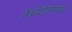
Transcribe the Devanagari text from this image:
नेओटोलेमसचे